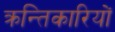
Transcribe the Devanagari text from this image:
क्रन्तिकारियों